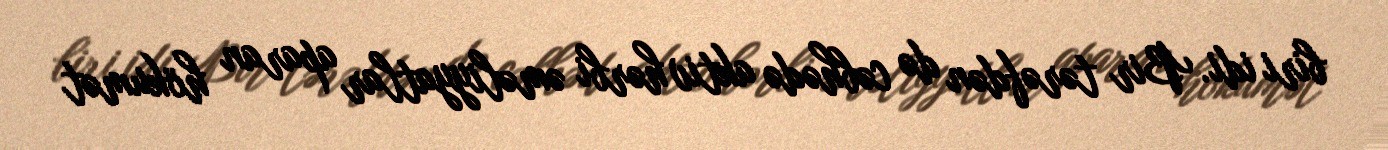
biri idi. Bir tərəfdən də cəbhədə aktiv hərbi əməliyyatlar aparan hökumət